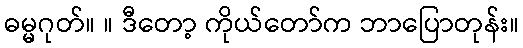
ဓမ္မဂုတ်။ ။ ဒီတော့ ကိုယ်တော်က ဘာပြောတုန်း။